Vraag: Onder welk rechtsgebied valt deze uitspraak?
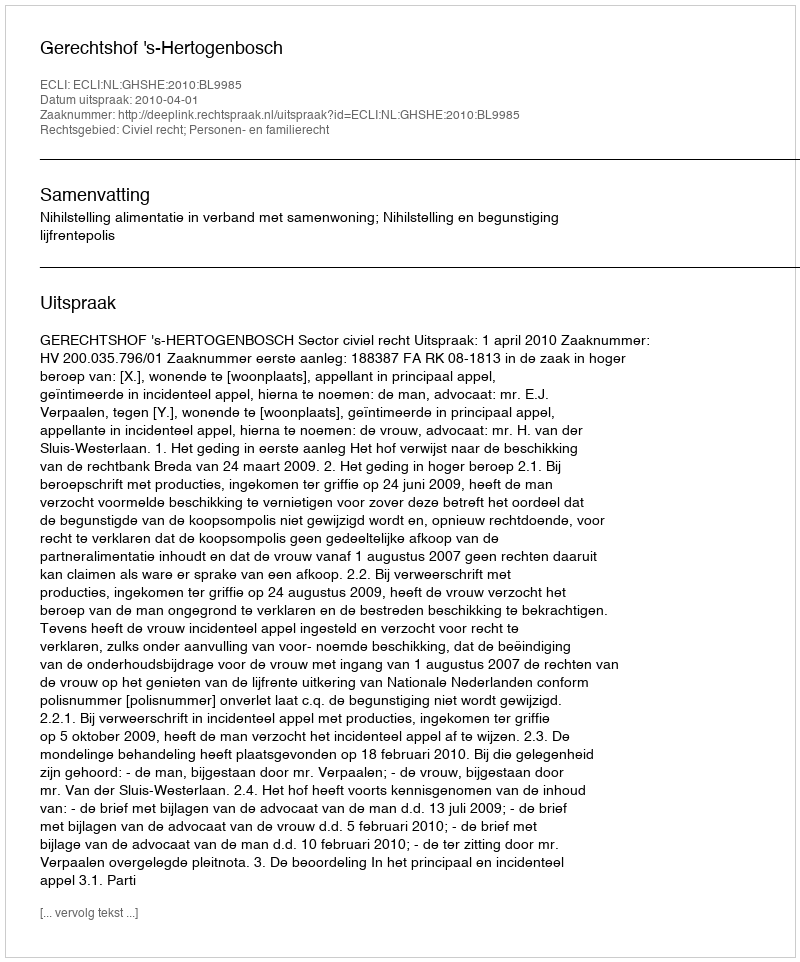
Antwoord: Civiel recht; Personen- en familierecht